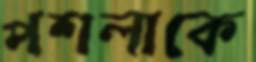
পশলাকে